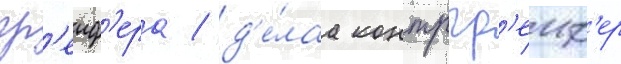
гр'еиф'ера / д'е́лаа контргр'еиф'ер